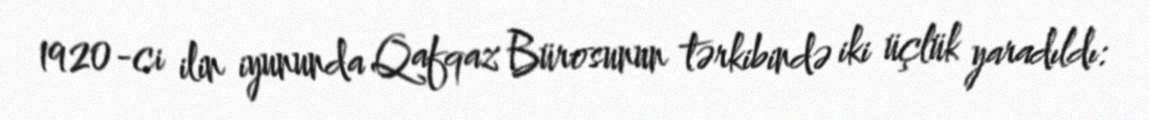
1920-ci ilin iyununda Qafqaz Bürosunun tərkibində iki üçlük yaradıldı: